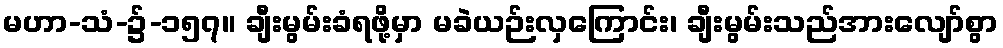
မဟာ-သံ-၌-၁၅၇။ ချီးမွမ်းခံရဖို့မှာ မခဲယဉ်းလှကြောင်း၊ ချီးမွမ်းသည်အားလျော်စွာ